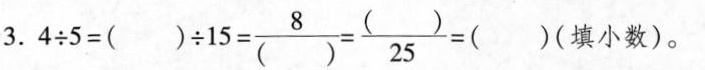
3.$$4 \div 5 = ( ) \div 1 5 = \frac { 8 } { ( ) } = \frac { ( ) } { 2 5 } = ( )$$(填小数)。